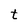
Character: t